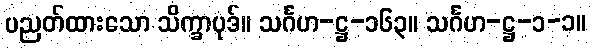
ပညတ်ထားသော သိက္ခာပုဒ်။ သင်္ဂဟ-ဋ္ဌ-၁၆၃။ သင်္ဂဟ-ဋ္ဌ-၁-၁။